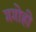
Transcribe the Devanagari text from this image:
गगोही